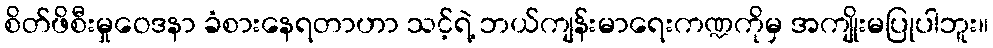
စိတ်ဖိစီးမှုဝေဒနာ ခံစားနေရတာဟာ သင့်ရဲ့ ဘယ်ကျန်းမာရေးကဏ္ဍကိုမှ အကျိုးမပြုပါဘူး။